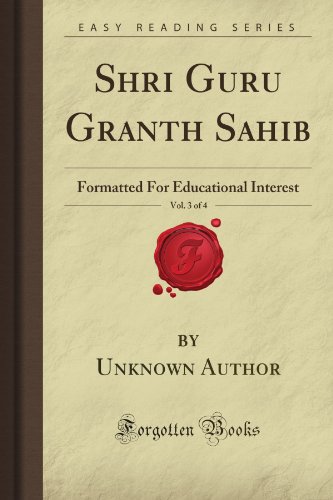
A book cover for Shri Guru Granth Sahib, Vol. 3 of 4: Formatted For Educational Interest (Forgotten Books); Unknown Petrovna Author; Religion & Spirituality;